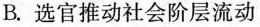
B.选官推动社会阶层流动